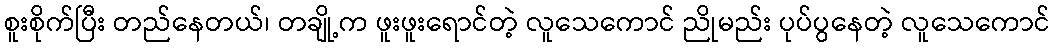
စူးစိုက်ပြီး တည်နေတယ်၊ တချို့က ဖူးဖူးရောင်တဲ့ လူသေကောင် ညိုမည်း ပုပ်ပွနေတဲ့ လူသေကောင်